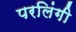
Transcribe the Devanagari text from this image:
परलिंगी